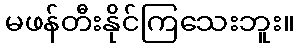
မဖန်တီးနိုင်ကြသေးဘူး။